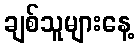
ချစ်သူများနေ့